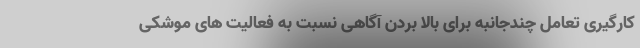
کارگیری تعامل چندجانبه برای بالا بردن آگاهی نسبت به فعالیت های موشکی